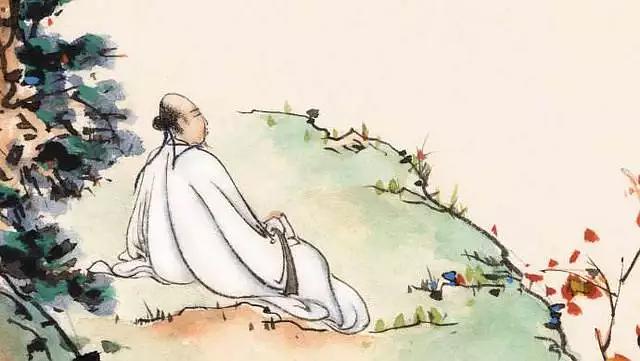
行到水穷处，坐看云起时。